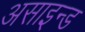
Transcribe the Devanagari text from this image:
असाइन्ड